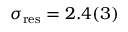
\sigma _ { \mathrm { r e s } } = 2 . 4 ( 3 )